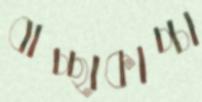
বাচ্ছাকাচ্চা